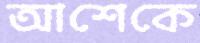
আশেকে